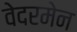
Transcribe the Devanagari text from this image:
वेदरमेन